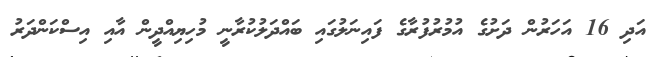
އަދި 16 އަހަރުން ދަށުގެ އުމުރުފުރާގެ ފައިނަލުގައި ބައްދަލުކުރާނީ މުހިޔިއްދީން އާއި އިސްކަންދަރު